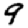
Digit: 9